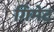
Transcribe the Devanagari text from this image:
गिमेट